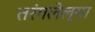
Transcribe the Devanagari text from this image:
तरंगलेल्या